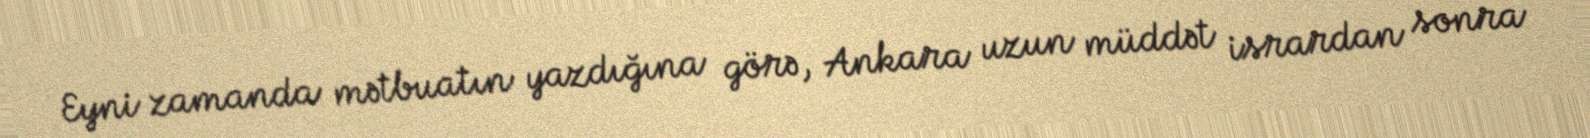
Eyni zamanda mətbuatın yazdığına görə, Ankara uzun müddət isrardan sonra